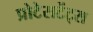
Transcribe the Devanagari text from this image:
प्रोटेसटेंट्स